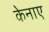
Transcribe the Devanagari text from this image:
केनाए